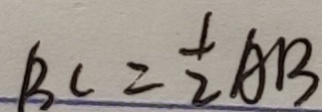
B C = \frac { 1 } { 2 } A B